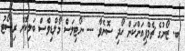
ބ. ޒޯނުގެ ޗެމްޕިއަންކަން ހޯދި ސޮނެވާ --- ނޯޓިލަސް މޯލްޑިވްސް ބަލިކޮށް ރިސޯޓު